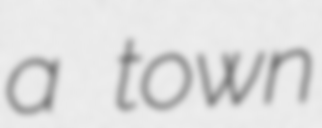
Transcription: a town